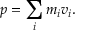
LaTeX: p = \sum _ { i } m _ { i } v _ { i } .